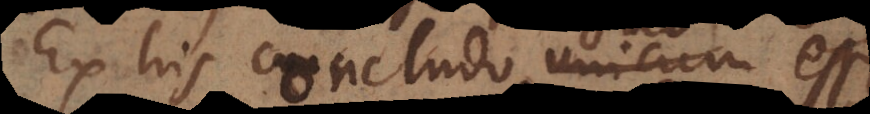
Ex his concludo duo esse